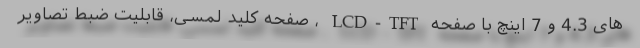
های 4.3 و 7 اینچ با صفحه LCD-TFT ، صفحه کلید لمسی، قابلیت ضبط تصاویر